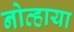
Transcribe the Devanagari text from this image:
नोव्हाया